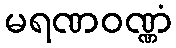
မရဏဝဏ္ဏံ